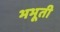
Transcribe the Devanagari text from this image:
भभूती